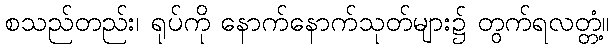
စသည်တည်း၊ ရုပ်ကို နောက်နောက်သုတ်များ၌ တွက်ရလတ္တံ့။